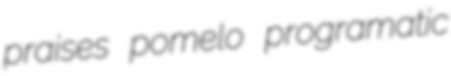
praises pomelo programatic